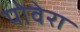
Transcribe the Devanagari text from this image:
पोवेरा